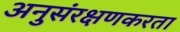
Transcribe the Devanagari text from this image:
अनुसंरक्षणकरता